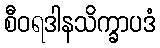
စီဝရဒါနသိက္ခာပဒံ